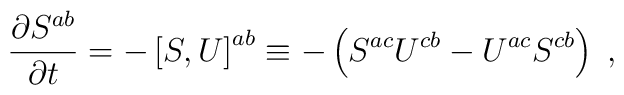
\frac{\partial S^{ab}}{\partial t} = - \left[S,U\right]^{ab}\equiv- \left(S^{ac}U^{cb}-U^{ac}S^{cb}\right)\;,